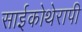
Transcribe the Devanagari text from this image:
साईकोथेरापी